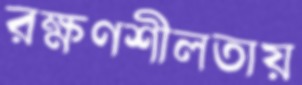
রক্ষণশীলতায়